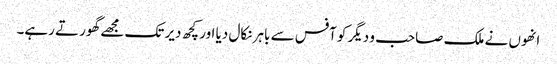
انھوں نے ملک صاحب و دیگر کو آفس سے باہر نکال دیا اور کچھ دیر تک مجھے گھورتے رہے۔